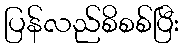
ပြန်လည်စိစစ်ပြီး